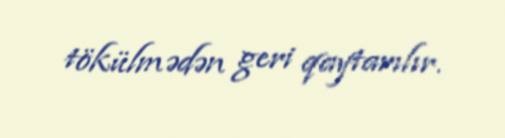
tökülmədən geri qaytarılır.